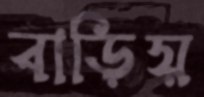
বাড়িয়